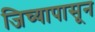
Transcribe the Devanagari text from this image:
जिच्यापासून